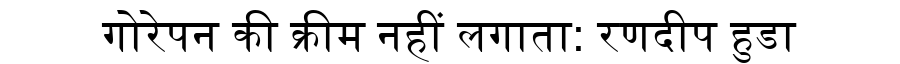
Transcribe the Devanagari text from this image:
गोरेपन की क्रीम नहीं लगाता: रणदीप हुडा